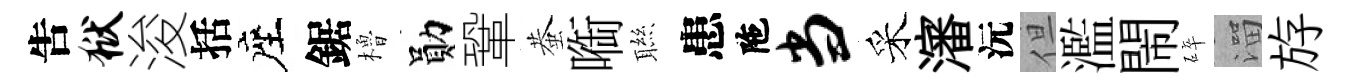
吿狱浚括座鋸櫓勛鞏蛬㗸聮患陁当采瀋沅但濫閙碎溜斿